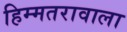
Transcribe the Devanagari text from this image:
हिम्मतरावाला